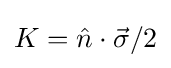
K={\hat {n}}\cdot {\vec {\sigma }}/2